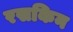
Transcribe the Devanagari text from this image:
रसकिन